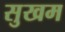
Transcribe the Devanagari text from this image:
सुखम